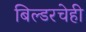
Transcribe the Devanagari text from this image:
बिल्डरचेही